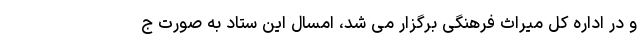
و در اداره کل میراث فرهنگی برگزار می شد، امسال این ستاد به صورت ج